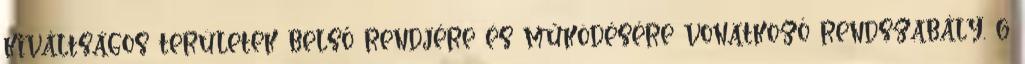
kiváltságos területek belső rendjére és működésére vonatkozó rendszabály. 6